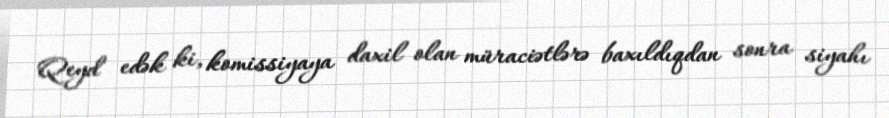
Qeyd edək ki, komissiyaya daxil olan müraciətlərə baxıldıqdan sonra siyahı